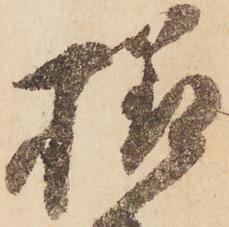
様